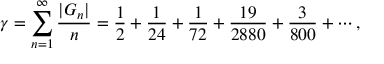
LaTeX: \gamma = \sum _ { n = 1 } ^ { \infty } { \frac { | G _ { n } | } { n } } = { \frac { 1 } { 2 } } + { \frac { 1 } { 2 4 } } + { \frac { 1 } { 7 2 } } + { \frac { 1 9 } { 2 8 8 0 } } + { \frac { 3 } { 8 0 0 } } + \cdots ,